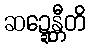
ဆဍ္ဍေန္တီတိ